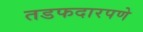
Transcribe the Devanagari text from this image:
तडफदारपणे